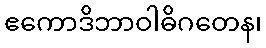
ဧကောဒိဘာဝါဓိဂတေန၊